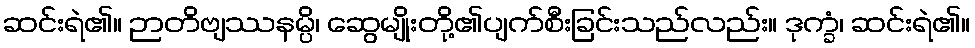
ဆင်းရဲ၏။ ဉာတိဗျဿနမ္ပိ၊ ဆွေမျိုးတို့၏ပျက်စီးခြင်းသည်လည်း။ ဒုက္ခံ၊ ဆင်းရဲ၏။